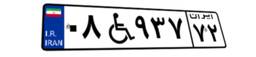
۰۸W۹۳۷۷۲